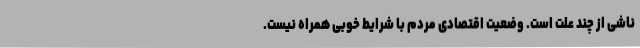
ناشی از چند علت است. وضعیت اقتصادی مردم با شرایط خوبی همراه نیست.